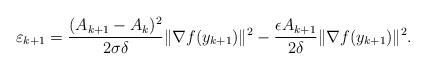
LaTeX: \begin{align*}\varepsilon_{k+1} = \frac{(A_{k+1} - A_k)^2}{2\sigma\delta}\|\nabla f(y_{k+1})\|^2 -\frac{ \epsilon A_{k+1}}{2\delta}\|\nabla f(y_{k+1})\|^2. \end{align*}